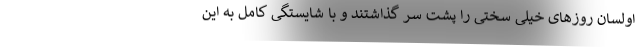
اولسان روزهای خیلی سختی را پشت سر گذاشتند و با شایستگی کامل به این